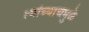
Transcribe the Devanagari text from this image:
त्यांच्याचमुळे